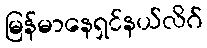
မြန်မာနေရှင်နယ်လိဂ်